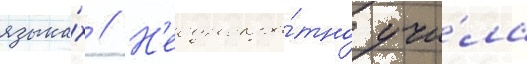
языка́х // Н'еоднокра́тно учи́ла